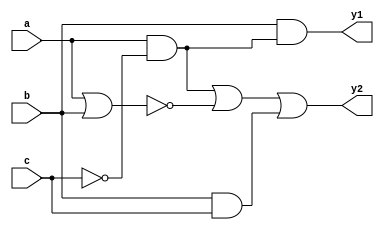
module top ( y1 , y2 , a , b , c );
input a , b , c ;
output y1 , y2 ;
wire g1 , g2 , g3 , g4 ;

not ( g1 , c );
and ( g2 , a , g1 );
nor ( g3 , a , b );
and ( g4 , b , c );
and ( y1 , b , g2 );
or ( y2 , g2 , g3 , g4 );

endmodule